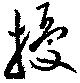
擾